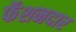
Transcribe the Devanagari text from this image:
फॅशनदार